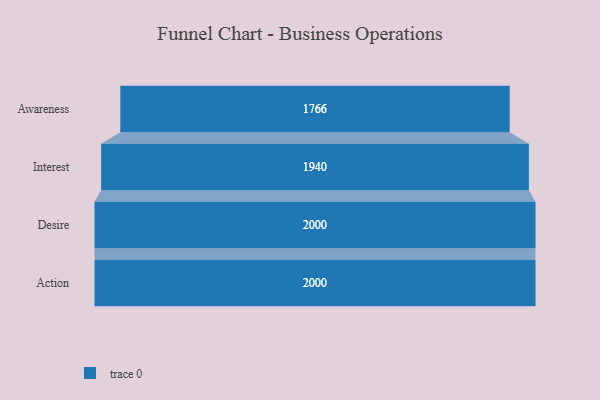
{"axis": {"x": "Stage", "y": "Value"}, "legend": [""], "data": [{"x": "Awareness", "y": 1766.0, "type": ""}, {"x": "Interest", "y": 1940.0, "type": ""}, {"x": "Desire", "y": 2000, "type": ""}, {"x": "Action", "y": 2000, "type": ""}]}